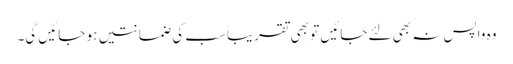
وہ واپس نہ بھی لئے جائیں تو بھی تقریباً سب کی ضمانتیں ہو جائیں گی۔